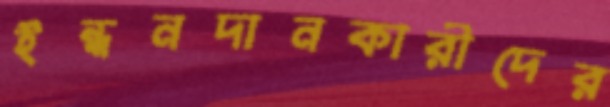
ইন্ধনদানকারীদের